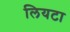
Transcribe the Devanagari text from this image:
लियटा